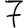
Digit: 7